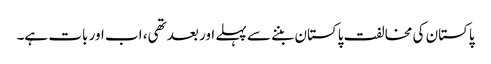
پاکستان کی مخالفت پاکستان بننے سے پہلے اور بعد تھی، اب اور بات ہے۔